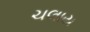
ચલાય